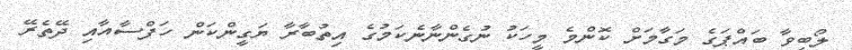
ލޯބިވާ ބައްޕަގެ މަގާމަށް ކޮންމެ މީހަކު ނުގެންނާނެކަމުގެ އިތުބާރާ ޔަގީންކަން ހަފްސާއާއި ދޭތެރޭ